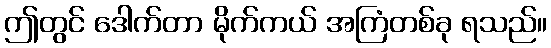
ဤတွင် ဒေါက်တာ မိုက်ကယ် အကြံတစ်ခု ရသည်။